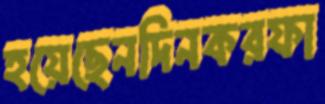
হয়েছেনদিনকরফা